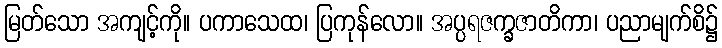
မြတ်သော အကျင့်ကို။ ပကာသေထ၊ ပြကုန်လော။ အပ္ပရဇက္ခဇာတိကာ၊ ပညာမျက်စိ၌